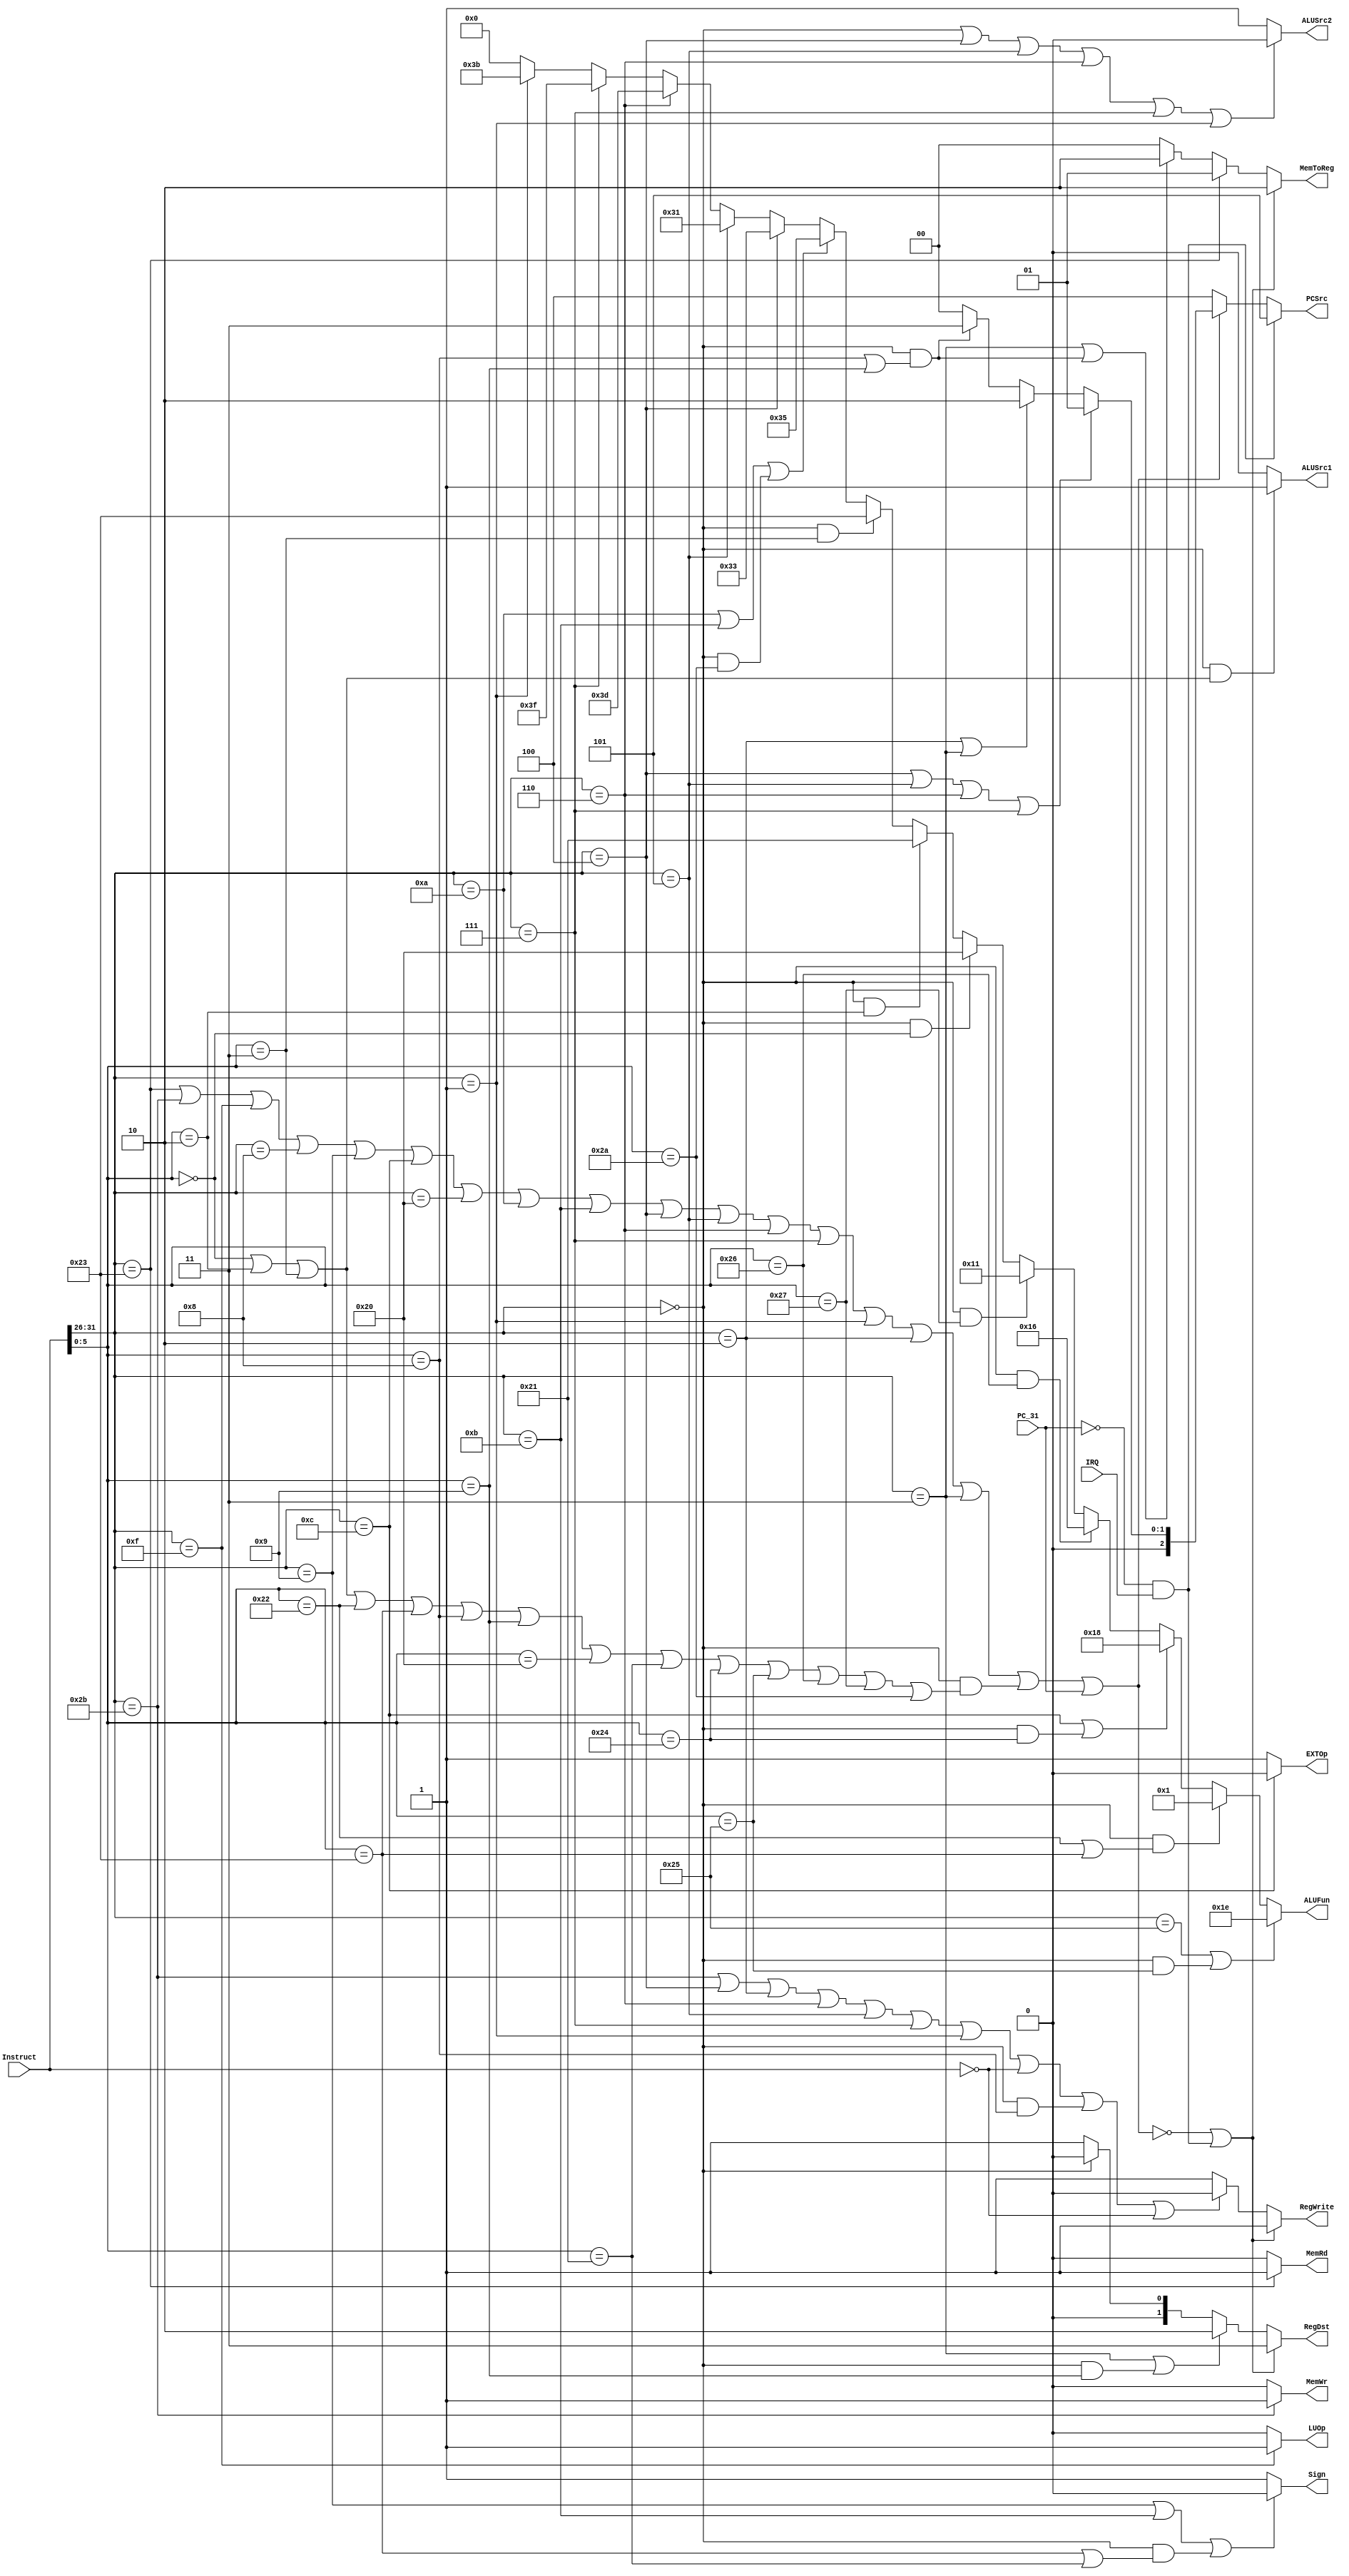
module Control(Instruct, IRQ, PC_31,PCSrc, RegDst, RegWrite,ALUSrc1, ALUSrc2, ALUFun, Sign, MemWr, MemRd, MemToReg,EXTOp, LUOp);
input [31:0]Instruct;
input IRQ,PC_31;
output [2:0]PCSrc;
output [1:0]RegDst;
output [1:0]MemToReg;
output [5:0]ALUFun;
output RegWrite,ALUSrc1, ALUSrc2, Sign, MemWr, MemRd,EXTOp, LUOp;
wire [5:0] OpCode; 
assign OpCode = Instruct[31:26];
wire[5:0] Funct;
assign Funct = Instruct[5:0];
wire ill_operation,interuption;
//PC_311
assign ill_operation = ~(((OpCode == 6'h23) || (OpCode == 6'h2b) || (OpCode == 6'h0f) || 
				(OpCode == 6'h08) || (OpCode == 6'h09) || (OpCode == 6'h0c) || (OpCode == 6'h20) || 
				(OpCode == 6'h0a) || (OpCode == 6'h0b) || (OpCode == 6'h04) || (OpCode == 6'h05) || 
				(OpCode == 6'h06) || (OpCode == 6'h07) || (OpCode == 6'h01) || (OpCode == 6'h02) || 
				(OpCode == 6'h03) || ((OpCode == 6'h00) && ((Funct == 6'h00) || (Funct == 6'h02) || 
				(Funct == 6'h03) || (Funct == 6'h22) || (Funct == 6'h23) || (Funct == 6'h08) || 
				(Funct == 6'h09) || (Funct == 6'h20) || (Funct == 6'h21) || (Funct == 6'h24) || 
				(Funct == 6'h25) || (Funct == 6'h26) || (Funct == 6'h27) || (Funct == 6'h2a) )))||PC_31); 

assign interuption = (~PC_31)&&IRQ;				

assign PCSrc[2:0]=
		(interuption)?5:
		(ill_operation)?4:
		((OpCode == 6'h04)||(OpCode == 6'h05)||(OpCode == 6'h06)||(OpCode == 6'h07))?1:
		((OpCode == 6'h02)||(OpCode == 6'h03))?2:
		((OpCode == 6'h00)&&((Funct==6'h08)||(Funct==6'h09)))?3:
		0;

assign RegDst[1:0] =
		(ill_operation||interuption)?3:
		(OpCode == 6'h03||(OpCode==0&&Funct==6'h09))?2:
		(OpCode == 0)?0:
		1;
		
assign RegWrite=
		(ill_operation||interuption)?1:
		((OpCode == 6'h2b)||(OpCode == 6'h04)||(OpCode == 6'h02)||(OpCode == 6'h06)||
		(OpCode == 6'h05)||(OpCode == 6'h07)||(OpCode == 6'h01)||(Instruct == 0)||
		((OpCode == 6'h00)&&(Funct==6'h08))||Instruct==0)?0:
		1;

assign ALUSrc1 = 
		((OpCode == 0)&&((Funct == 0)||(Funct == 6'h02)||Funct == 6'h03))?1:
		0;

assign ALUSrc2 = 
		(OpCode == 6'h00 || OpCode == 6'h04 || OpCode == 6'h05 || 
		OpCode == 6'h06 || OpCode == 6'h07 || OpCode == 6'h01)?0:
		1;
		
assign ALUFun = 
		((OpCode == 6'h25)||((OpCode == 0)&&(Funct == 6'h25)))?6'b011110:
		((OpCode == 0)&&((Funct == 6'h22)||(Funct == 6'h23)))?6'b000001:
		((OpCode == 6'h0c)||((OpCode == 0)&&(Funct == 6'h24)))?6'b011000:
		((OpCode == 0)&&(Funct == 6'h26))?6'b010110:
		((OpCode == 0)&&(Funct == 6'h27))?6'b010001:
		((OpCode == 0)&&(Funct == 0))?6'b100000:
		((OpCode == 0)&&(Funct == 6'h02))?6'b100001:
		((OpCode == 0)&&(Funct == 6'h03))?6'b100011:
		((OpCode == 6'h0a)||(OpCode == 6'h0b)||((OpCode == 0)&&(Funct == 6'h2a)))?6'b110101:
		(OpCode == 6'h04)?6'b110011:
		(OpCode == 6'h05)?6'b110001:
		(OpCode == 6'h06)?6'b111101:
		(OpCode == 6'h07)?6'b111111:
		(OpCode == 6'h01)?6'b111011:
		0;
		
assign Sign = 
		((OpCode == 6'h09 || OpCode == 6'h0b)||
		(OpCode == 6'h00 && (Funct == 6'h23 ||  Funct == 6'h21)))? 0:
		1;

assign MemRd = 
		(OpCode == 6'h23)?1:
		0;
		
assign MemWr = 
		(OpCode == 6'h2b)?1:
		0;
		
assign MemToReg = 
		(interuption||ill_operation)?2:
		(OpCode == 6'h23)?1:
		((OpCode == 6'h03)||((OpCode == 0)&&((Funct == 6'h08)||(Funct == 6'h09))))?2:
		0;
		
assign EXTOp = 
		(OpCode == 6'h0c)? 0:
		1;
		
assign LUOp = 
		(OpCode == 6'h0f)? 1:
		0;
		

endmodule